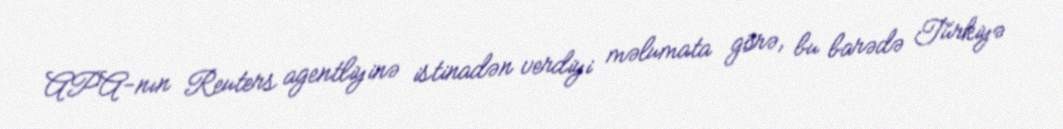
APA-nın Reuters agentliyinə istinadən verdiyi məlumata görə, bu barədə Türkiyə